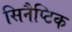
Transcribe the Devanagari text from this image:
सिनैप्टिक